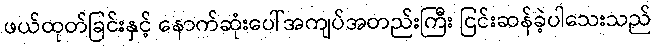
ဖယ်ထုတ်ခြင်းနှင့် နောက်ဆုံးပေါ်အကျပ်အတည်းကြီး ငြင်းဆန်ခဲ့ပါသေးသည်